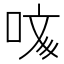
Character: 𠲲